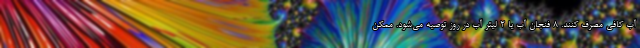
آب کافی مصرف کنند. ۸ فنجان آب یا ۲ لیتر آب در روز توصیه می‌شود. ممکن